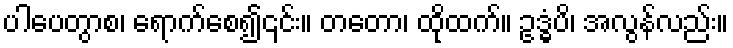
ပါပေတွာစ၊ ရောက်စေ၍၎င်း။ တတော၊ ထိုထက်။ ဥဒ္ဓံပိ၊ အလွန်လည်း။